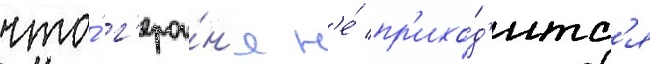
что́ г'ерои́н'е н'е́ пр'ихо́д'итс'я